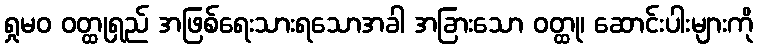
ရှုမဝ ဝတ္ထုရှည် အဖြစ်ရေးသားရသောအခါ အခြားသော ဝတ္ထု၊ ဆောင်းပါးများကို